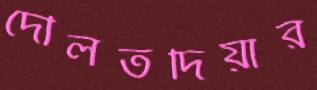
দৌলতদিয়ার